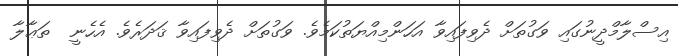
އިސްލާމްދީނުގައި ވަގުތަށް ދެވިފައިވާ އަހަންމިއްޔަތުކަމެވެ. ވަގުތަށް ދެވިފައިވާ ޤަދަރެވެ. އެހެނީ  ތަޢާލާ